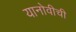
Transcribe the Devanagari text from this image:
यानोवीची